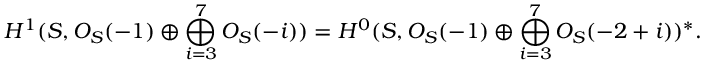
H ^ { 1 } ( { \cal S } , { \cal O } _ { { \cal S } } ( - 1 ) \oplus \bigoplus _ { i = 3 } ^ { 7 } { \cal O } _ { { \cal S } } ( - i ) ) = H ^ { 0 } ( { \cal S } , { \cal O } _ { { \cal S } } ( - 1 ) \oplus \bigoplus _ { i = 3 } ^ { 7 } { \cal O } _ { { \cal S } } ( - 2 + i ) ) ^ { * } .